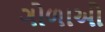
ગોળાઓ